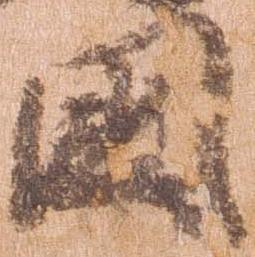
国